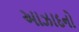
આઝાદનો